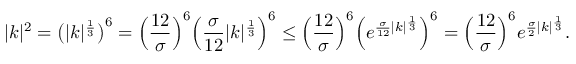
| k | ^ { 2 } = \big ( | k | ^ { \frac { 1 } { 3 } } \big ) ^ { 6 } = \Big ( \frac { 1 2 } { \sigma } \Big ) ^ { 6 } \Big ( \frac { \sigma } { 1 2 } | k | ^ { \frac { 1 } { 3 } } \Big ) ^ { 6 } \leq \Big ( \frac { 1 2 } { \sigma } \Big ) ^ { 6 } \Big ( e ^ { \frac { \sigma } { 1 2 } | k | ^ { \frac { 1 } { 3 } } } \Big ) ^ { 6 } = \Big ( \frac { 1 2 } { \sigma } \Big ) ^ { 6 } e ^ { \frac { \sigma } { 2 } | k | ^ { \frac { 1 } { 3 } } } .